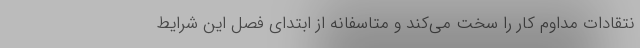
نتقادات مداوم کار را سخت می‌کند و متاسفانه از ابتدای فصل این شرایط